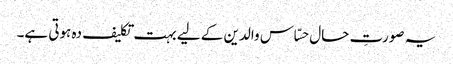
یہ صورتِ حال حسّاس والدین کے لیے بہت تکلیف دہ ہوتی ہے۔